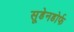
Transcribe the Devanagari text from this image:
सूडेनडोर्फ